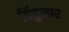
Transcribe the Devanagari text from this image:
विंदुसार